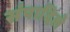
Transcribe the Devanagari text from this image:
संपादिले